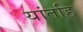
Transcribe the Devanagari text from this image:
यांतहि